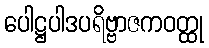
ပေါဋ္ဌပါဒပရိဗ္ဗာဇကဝတ္ထု